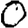
Digit: 0